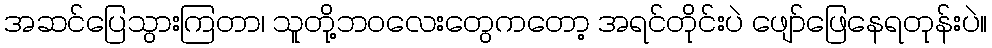
အဆင်ပြေသွားကြတာ၊ သူတို့ဘဝလေးတွေကတော့ အရင်တိုင်းပဲ ဖျော်ဖြေနေရတုန်းပဲ။